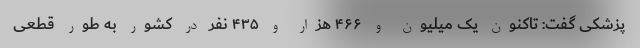
پزشکی گفت: تاکنون یک میلیون و ۴۶۶ هزار و ۴۳۵ نفر در کشور به طور قطعی